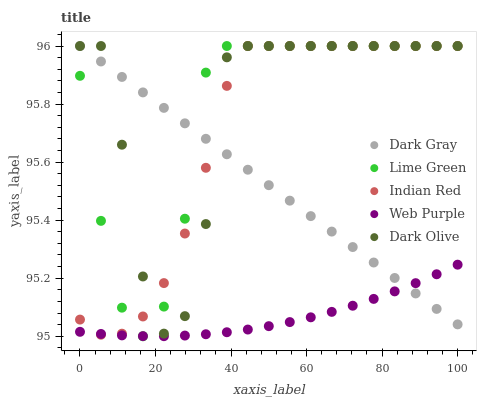
| xaxis_label | Dark Gray | Lime Green | Indian Red | Web Purple | Dark Olive |
 | --- | --- | --- | --- | --- | --- |
 | 0 | 96 | 95.9 | 95.1 | 95 | 96 |
 | 5.56 | 95.9 | 95.4 | 95 | 95 | 96 |
 | 11.1 | 95.9 | 95.1 | 95 | 95 | 95.7 |
 | 16.7 | 95.8 | 95 | 95.1 | 95 | 95.2 |
 | 22.2 | 95.8 | 95.1 | 95.2 | 95 | 95 |
 | 27.8 | 95.7 | 95.4 | 95.4 | 95 | 95.1 |
 | 33.3 | 95.7 | 95.9 | 95.6 | 95 | 95.4 |
 | 38.9 | 95.6 | 96 | 95.9 | 95 | 96 |
 | 44.4 | 95.6 | 96 | 96 | 95 | 96 |
 | 50 | 95.5 | 96 | 96 | 95 | 96 |
 | 55.6 | 95.5 | 96 | 96 | 95 | 96 |
 | 61.1 | 95.4 | 96 | 96 | 95.1 | 96 |
 | 66.7 | 95.4 | 96 | 96 | 95.1 | 96 |
 | 72.2 | 95.3 | 96 | 96 | 95.1 | 96 |
 | 77.8 | 95.3 | 96 | 96 | 95.1 | 96 |
 | 83.3 | 95.2 | 96 | 96 | 95.2 | 96 |
 | 88.9 | 95.1 | 96 | 96 | 95.2 | 96 |
 | 94.4 | 95.1 | 96 | 96 | 95.2 | 96 |
 | 100 | 95 | 96 | 96 | 95.2 | 96 |